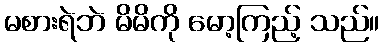
မစားရဲဘဲ မိမိကို မော့ကြည့် သည်။